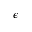
\epsilon